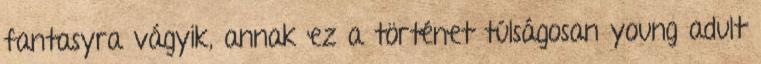
fantasyra vágyik, annak ez a történet túlságosan young adult